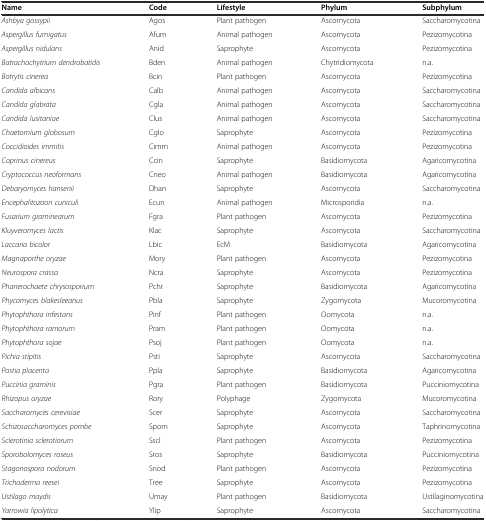
<table><thead><tr><td><b>Name</b></td><td><b>Code</b></td><td><b>Lifestyle</b></td><td><b>Phylum</b></td><td><b>Subphylum</b></td></tr></thead><tbody><tr><td><i>Ashbya gossypii</i></td><td>Agos</td><td>Plant pathogen</td><td>Ascomycota</td><td>Saccharomycotina</td></tr><tr><td><i>Aspergillus fumigatus</i></td><td>Afum</td><td>Animal pathogen</td><td>Ascomycota</td><td>Pezizomycotina</td></tr><tr><td><i>Aspergillus nidulans</i></td><td>Anid</td><td>Saprophyte</td><td>Ascomycota</td><td>Pezizomycotina</td></tr><tr><td><i>Batrachochytrium dendrobatidis</i></td><td>Bden</td><td>Animal pathogen</td><td>Chytridiomycota</td><td>n.a.</td></tr><tr><td><i>Botrytis cinerea</i></td><td>Bcin</td><td>Plant pathogen</td><td>Ascomycota</td><td>Pezizomycotina</td></tr><tr><td><i>Candida albicans</i></td><td>Calb</td><td>Animal pathogen</td><td>Ascomycota</td><td>Saccharomycotina</td></tr><tr><td><i>Candida glabrata</i></td><td>Cgla</td><td>Animal pathogen</td><td>Ascomycota</td><td>Saccharomycotina</td></tr><tr><td><i>Candida lusitaniae</i></td><td>Clus</td><td>Animal pathogen</td><td>Ascomycota</td><td>Saccharomycotina</td></tr><tr><td><i>Chaetomium globosum</i></td><td>Cglo</td><td>Saprophyte</td><td>Ascomycota</td><td>Pezizomycotina</td></tr><tr><td><i>Coccidioides immitis</i></td><td>Cimm</td><td>Animal pathogen</td><td>Ascomycota</td><td>Pezizomycotina</td></tr><tr><td><i>Coprinus cinereus</i></td><td>Ccin</td><td>Saprophyte</td><td>Basidiomycota</td><td>Agaricomycotina</td></tr><tr><td><i>Cryptococcus neoformans</i></td><td>Cneo</td><td>Animal pathogen</td><td>Basidiomycota</td><td>Agaricomycotina</td></tr><tr><td><i>Debaryomyces hansenii</i></td><td>Dhan</td><td>Saprophyte</td><td>Ascomycota</td><td>Saccharomycotina</td></tr><tr><td><i>Encephalitozoon cuniculi</i></td><td>Ecun</td><td>Animal pathogen</td><td>Microsporidia</td><td>n.a.</td></tr><tr><td><i>Fusarium graminearum</i></td><td>Fgra</td><td>Plant pathogen</td><td>Ascomycota</td><td>Pezizomycotina</td></tr><tr><td><i>Kluyveromyces lactis</i></td><td>Klac</td><td>Saprophyte</td><td>Ascomycota</td><td>Saccharomycotina</td></tr><tr><td><i>Laccaria bicolor</i></td><td>Lbic</td><td>EcM</td><td>Basidiomycota</td><td>Agaricomycotina</td></tr><tr><td><i>Magnaporthe oryzae</i></td><td>Mory</td><td>Plant pathogen</td><td>Ascomycota</td><td>Pezizomycotina</td></tr><tr><td><i>Neurospora crassa</i></td><td>Ncra</td><td>Saprophyte</td><td>Ascomycota</td><td>Pezizomycotina</td></tr><tr><td><i>Phanerochaete chrysosporium</i></td><td>Pchr</td><td>Saprophyte</td><td>Basidiomycota</td><td>Agaricomycotina</td></tr><tr><td><i>Phycomyces blakesleeanus</i></td><td>Pbla</td><td>Saprophyte</td><td>Zygomycota</td><td>Mucoromycotina</td></tr><tr><td><i>Phytophthora infestans</i></td><td>Pinf</td><td>Plant pathogen</td><td>Oomycota</td><td>n.a.</td></tr><tr><td><i>Phytophthora ramorum</i></td><td>Pram</td><td>Plant pathogen</td><td>Oomycota</td><td>n.a.</td></tr><tr><td><i>Phytophthora sojae</i></td><td>Psoj</td><td>Plant pathogen</td><td>Oomycota</td><td>n.a.</td></tr><tr><td><i>Pichia stipitis</i></td><td>Psti</td><td>Saprophyte</td><td>Ascomycota</td><td>Saccharomycotina</td></tr><tr><td><i>Postia placenta</i></td><td>Ppla</td><td>Saprophyte</td><td>Basidiomycota</td><td>Agaricomycotina</td></tr><tr><td><i>Puccinia graminis</i></td><td>Pgra</td><td>Plant pathogen</td><td>Basidiomycota</td><td>Pucciniomycotina</td></tr><tr><td><i>Rhizopus oryzae</i></td><td>Rory</td><td>Polyphage</td><td>Zygomycota</td><td>Mucoromycotina</td></tr><tr><td><i>Saccharomyces cerevisiae</i></td><td>Scer</td><td>Saprophyte</td><td>Ascomycota</td><td>Saccharomycotina</td></tr><tr><td><i>Schizosaccharomyces pombe</i></td><td>Spom</td><td>Saprophyte</td><td>Ascomycota</td><td>Taphrinomycotina</td></tr><tr><td><i>Sclerotinia sclerotiorum</i></td><td>Sscl</td><td>Plant pathogen</td><td>Ascomycota</td><td>Pezizomycotina</td></tr><tr><td><i>Sporobolomyces roseus</i></td><td>Sros</td><td>Saprophyte</td><td>Basidiomycota</td><td>Pucciniomycotina</td></tr><tr><td><i>Stagonospora nodorum</i></td><td>Snod</td><td>Plant pathogen</td><td>Ascomycota</td><td>Pezizomycotina</td></tr><tr><td><i>Trichoderma reesei</i></td><td>Tree</td><td>Saprophyte</td><td>Ascomycota</td><td>Pezizomycotina</td></tr><tr><td><i>Ustilago maydis</i></td><td>Umay</td><td>Plant pathogen</td><td>Basidiomycota</td><td>Ustilaginomycotina</td></tr><tr><td><i>Yarrowia lipolytica</i></td><td>Ylip</td><td>Saprophyte</td><td>Ascomycota</td><td>Saccharomycotina</td></tr></tbody></table>